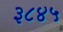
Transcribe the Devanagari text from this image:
३८४५